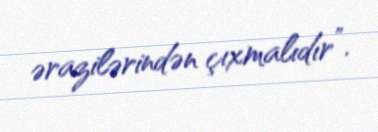
ərazilərindən çıxmalıdır”.